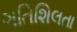
ગતિશિલતા